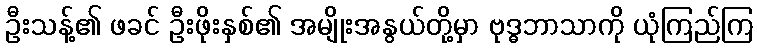
ဦးသန့်၏ ဖခင် ဦးဖိုးနှစ်၏ အမျိုးအနွယ်တို့မှာ ဗုဒ္ဓဘာသာကို ယုံကြည်ကြ